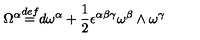
\Omega ^ { \alpha } { \stackrel { d e f } { = } } d \omega ^ { \alpha } + \frac { 1 } { 2 } \epsilon ^ { \alpha \beta \gamma } \omega ^ { \beta } \wedge \omega ^ { \gamma }